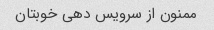
ممنون از سرویس دهی خوبتان